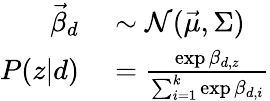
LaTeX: \begin{array}{rl}{\vec{\beta}_{d}}&{{}\sim\mathcal{N}(\vec{\mu},\Sigma)}\\ {P(z|d)}&{{}=\frac{\exp\beta_{d,z}}{\sum_{i=1}^{k}\exp\beta_{d,i}}}\end{array}